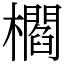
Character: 櫩